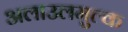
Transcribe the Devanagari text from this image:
अलाउलमुल्क